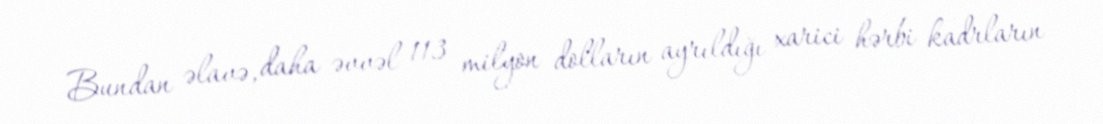
Bundan əlavə, daha əvvəl 113 milyon dolların ayrıldığı xarici hərbi kadrların